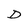
Character: D